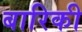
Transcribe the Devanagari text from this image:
बारिकी